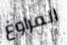
المراوغ